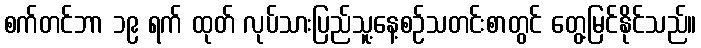
စက်တင်ဘာ ၁၉ ရက် ထုတ် လုပ်သားပြည်သူ့နေ့စဉ်သတင်းစာတွင် တွေ့မြင်နိုင်သည်။